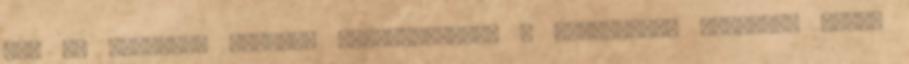
meg az angolban járatos fórumozóknak. A többiektől elnézést kérek